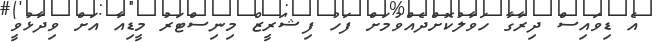
އެ ޑިވައިސް ދިރާގާ ހަވާލުކޮށްދެއްވުމަށް ފަހު ފިޝަރީޒް މިނިސްޓަރު މީޑިއާ އަށް ވިދާޅުވީ